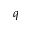
q